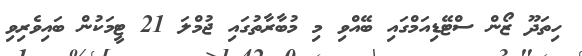
ހިތަދޫ ޒޯން ސްޓޭޑިއަމްގައި ބޭއްވި މި މުބާރާތުގައި ޖުމްލަ 21 ޓީމަކުން ބައިވެރިވި